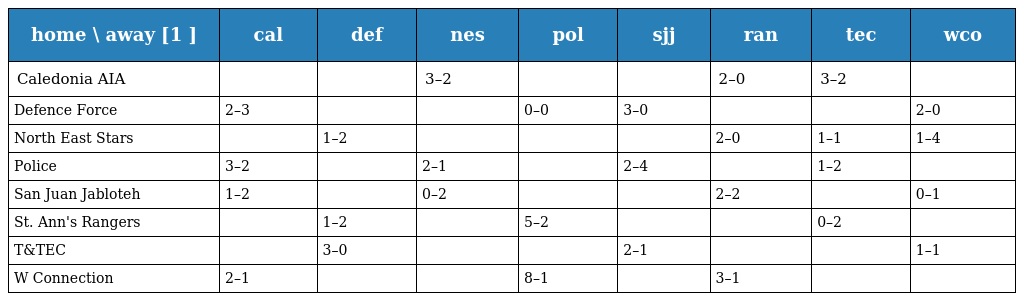
| home \ away [1 ] | cal | def | nes | pol | sjj | ran | tec | wco |
 | --- | --- | --- | --- | --- | --- | --- | --- | --- |
 | Caledonia AIA |  |  | 3–2 |  |  | 2–0 | 3–2 |  |
 | Defence Force | 2–3 |  |  | 0–0 | 3–0 |  |  | 2–0 |
 | North East Stars |  | 1–2 |  |  |  | 2–0 | 1–1 | 1–4 |
 | Police | 3–2 |  | 2–1 |  | 2–4 |  | 1–2 |  |
 | San Juan Jabloteh | 1–2 |  | 0–2 |  |  | 2–2 |  | 0–1 |
 | St. Ann's Rangers |  | 1–2 |  | 5–2 |  |  | 0–2 |  |
 | T&TEC |  | 3–0 |  |  | 2–1 |  |  | 1–1 |
 | W Connection | 2–1 |  |  | 8–1 |  | 3–1 |  |  |